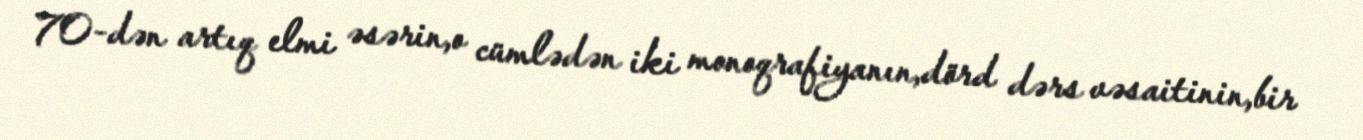
70-dən artıq elmi əsərin,o cümlədən iki monoqrafiyanın,dörd dərs vəsaitinin,bir